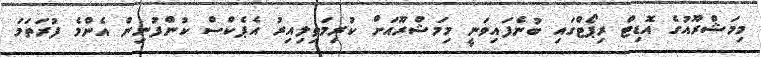
މިމަޝްރޫއުގެ އޮޑިޓް ރިޕޯޓްގައި ބުނެފައިވަނީ މިމަޝްރޫއަށް ކުރިމަތިލިއިރު އެޕެކްސް ކުންފުނިން އެންމެ ފުރަތަމަ